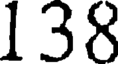
138